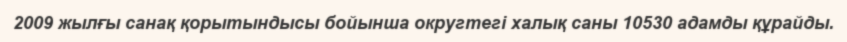
2009 жылғы санақ қорытындысы бойынша округтегі халық саны 10530 адамды құрайды.